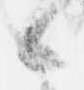
候